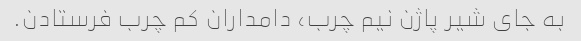
به جای شیر پاژن نیم چرب، دامداران کم چرب فرستادن.